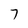
Character: 7